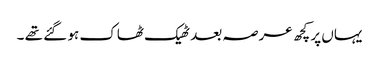
یہاں پر کچھ عرصہ بعد ٹھیک ٹھاک ہو گئے تھے ۔